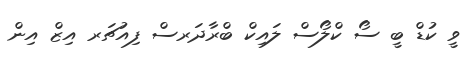
ވީ ކުޑް ބީ ސޯ ކްލޯސް ލައިކް ބްރާދަރސް ފިއުޗަރ އިޒް އިން